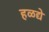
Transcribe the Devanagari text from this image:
हळद्ये